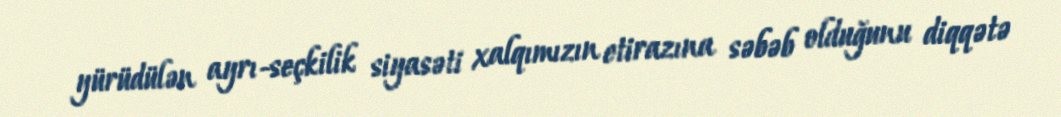
yürüdülən ayrı-seçkilik siyasəti xalqımızın etirazına səbəb olduğunu diqqətə